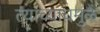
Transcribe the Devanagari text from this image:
त्यांच्याचमुळे